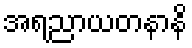
အရညာယတနာနိ